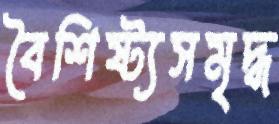
বৈশিষ্ট্যসমৃদ্ধ